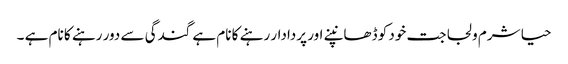
حیا شرم و لجاجت خود کو ڈھانپنے اور پردادار رہنے کا نام ہے گندگی سے دور رہنے کا نام ہے ۔